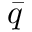
\bar { q }